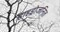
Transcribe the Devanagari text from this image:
हाइड्रोजनित